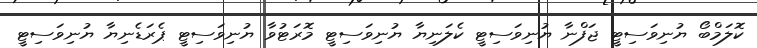
ކޮލަމްބޯ ޔުނިވަސިޓީ ޖަފްނާ ޔުނިވަސިޓީ ކެލަނިޔާ ޔުނިވަސިޓީ މޮރަޓުވާ ޔުނިވަސިޓީ ޕެރަޑެނިޔާ ޔުނިވަސިޓީ